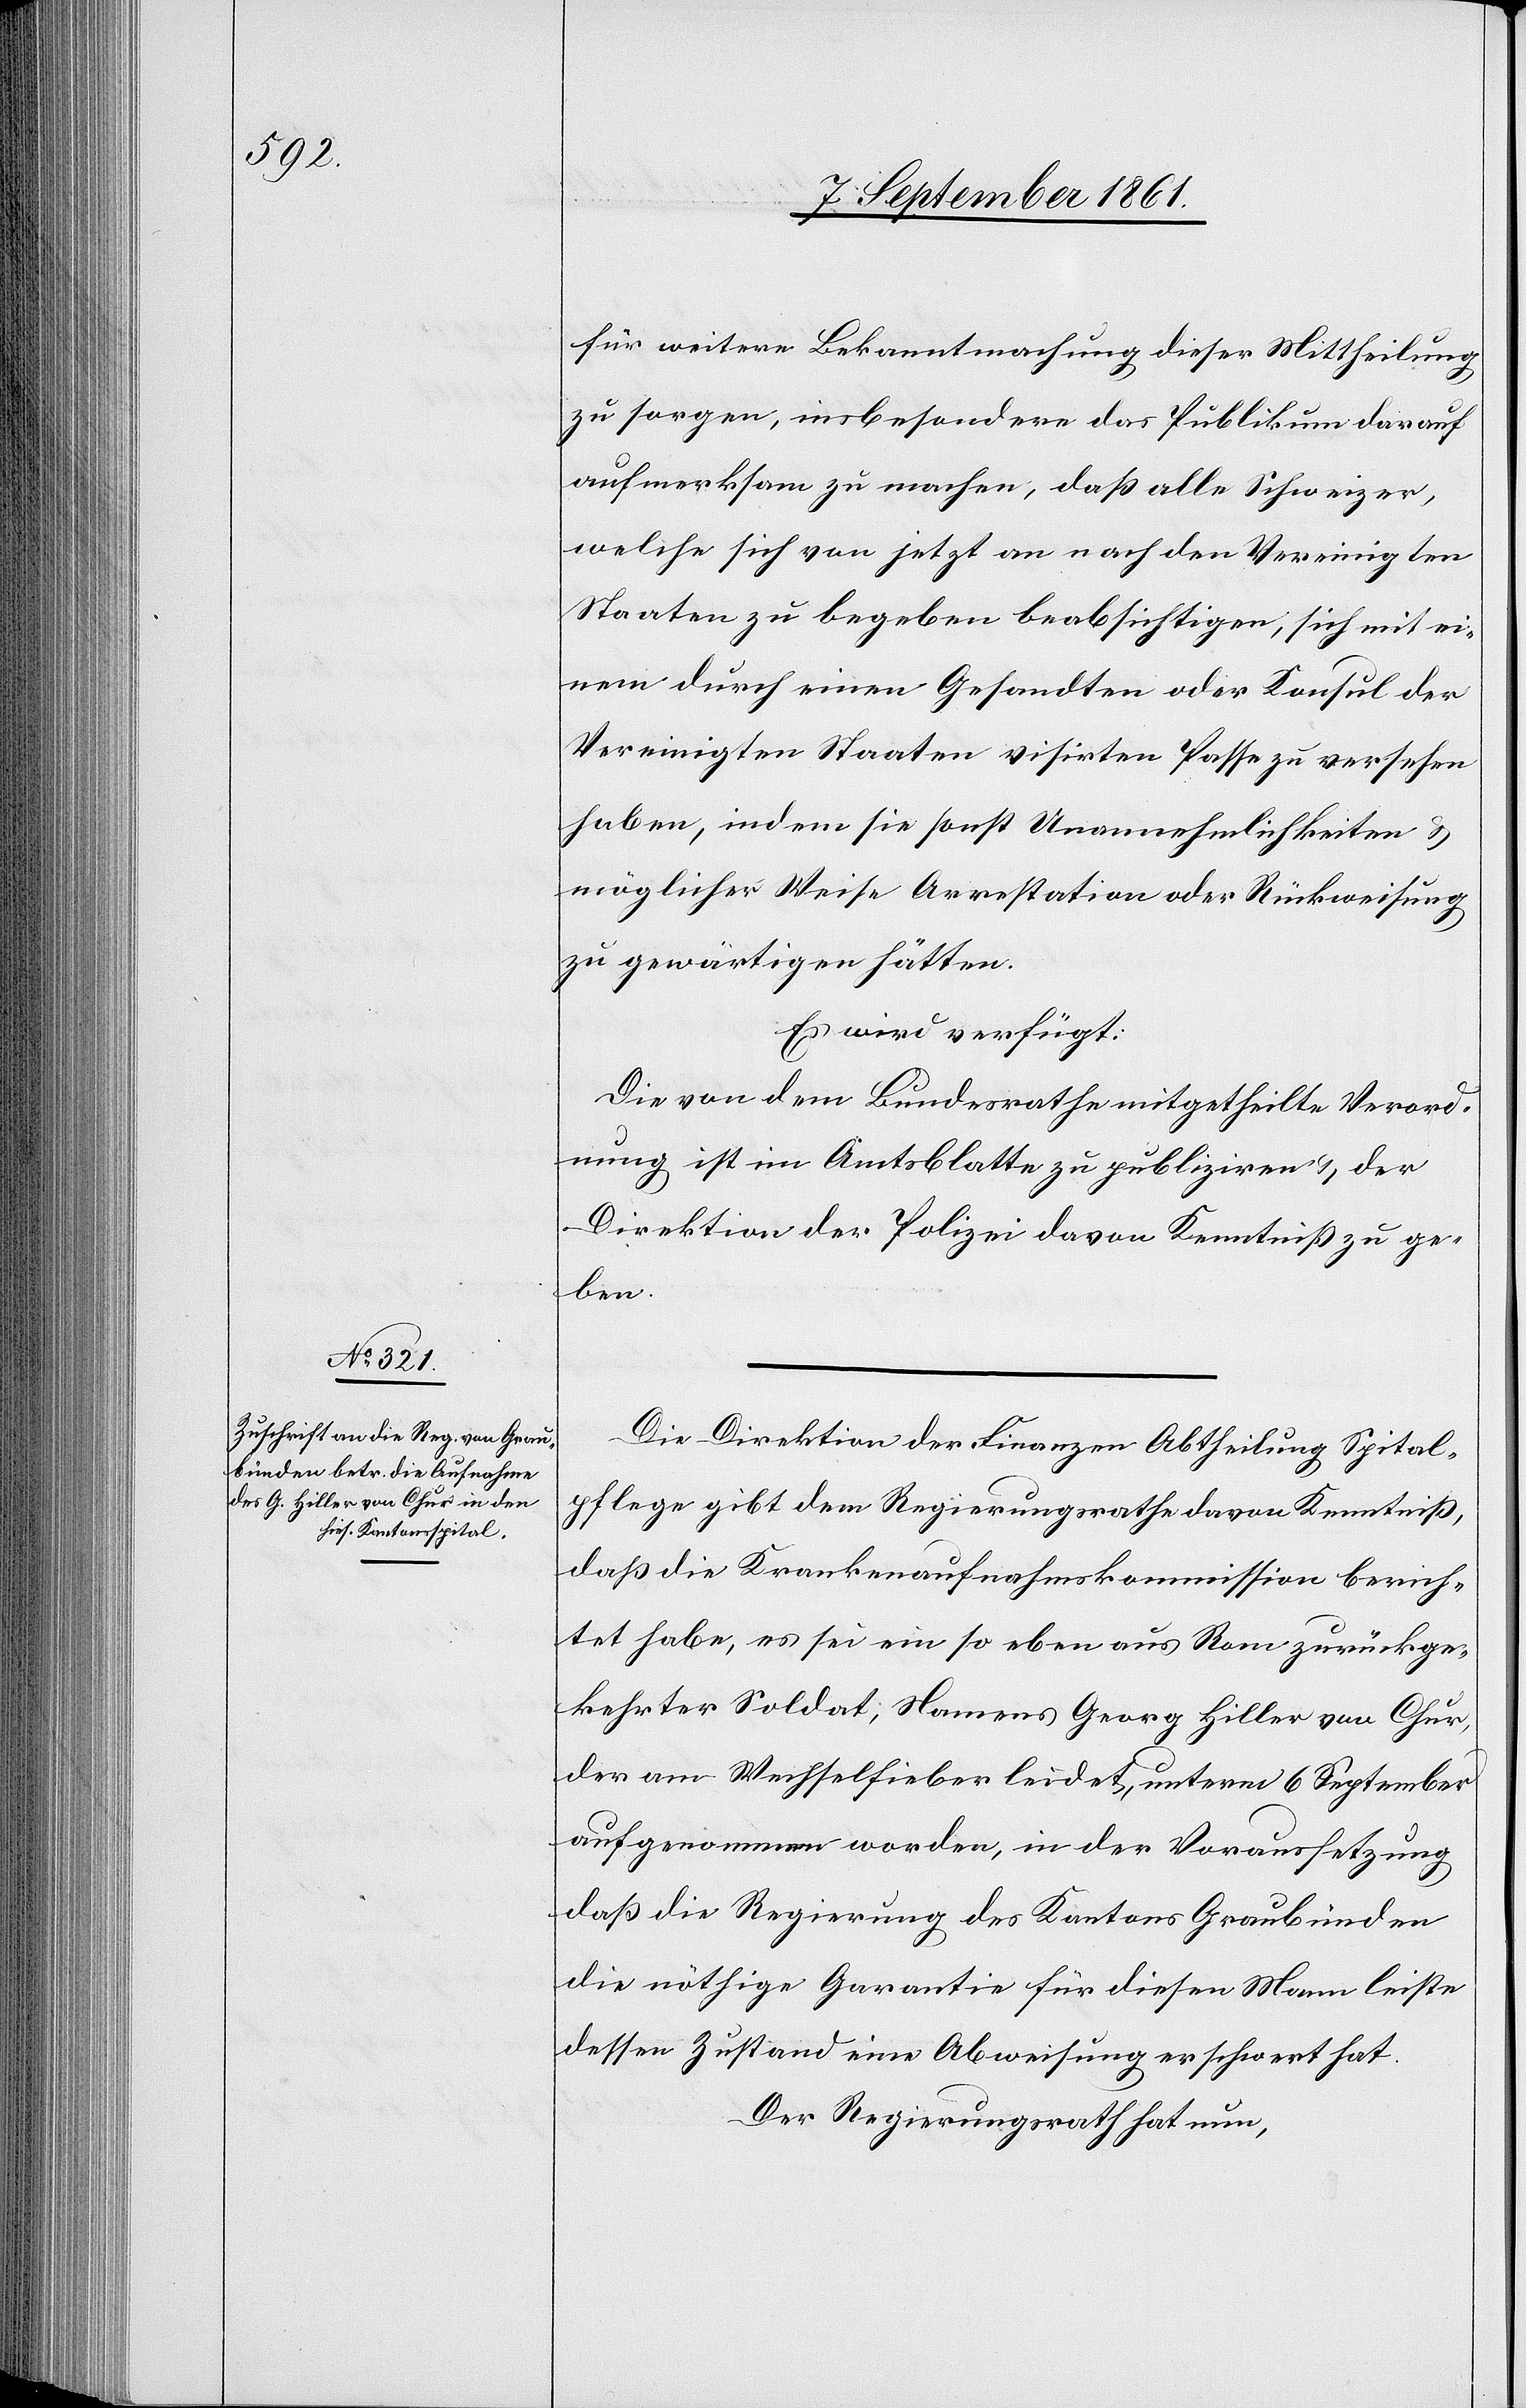
9 September 1861.]
für weitere Bekanntmachung dieser Mittheilung
zu sorgen, insbesondere das Publikum darauf
aufmerksam zu machen, daß alle Schweizer,
welche sich von jetzt an nach den Vereinigten
Staaten zu begeben beabsichtigen, sich mit ei¬
nem durch einen Gesandten oder Konsul der
Vereinigten Staaten visirten Passe zu versehen
haben, indem sie sonst Unannehmlichkeiten u.
möglicher Weise Arrestation oder Rückweisung
zu gewärtigen hätten.
Es wird verfügt:
Die von dem Bundesrathe mitgetheilte Verord¬
nung ist im Amtsblatte zu publiziren u. der
Direktion der Polizei davon Kenntniß zu ge¬
ben.
Die Direktion der Finanzen Abtheilung Spital¬
pflege gibt dem Regierungsrathe davon Kenntniß,
daß die Krankenaufnahmskommission berich¬
tet habe, es sei ein so eben aus Rom zurückge¬
kehrter Soldat, Namens Georg Hiller von Chur,
der am Wechselfieber leidet, unterm 6 September
aufgenommen worden, in der Vorrausetzung
daß die Regierung des Kantons Graubünden
die nöthige Garantie für diesen Mann leiste
dessen Zustand eine Abweisung erschwert hat.
Der Regierungsrath hat nun,